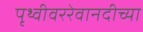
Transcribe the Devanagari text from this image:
पृथ्वीवररेवानदीच्या